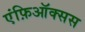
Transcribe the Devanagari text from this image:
एंफ़िऑक्सस